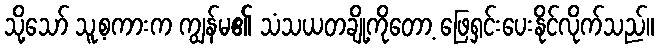
သို့သော် သူ့စကားက ကျွန်မ၏ သံသယတချို့ကိုတော့ ဖြေရှင်းပေးနိုင်လိုက်သည်။